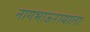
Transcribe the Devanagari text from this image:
नागभाऊरायाला